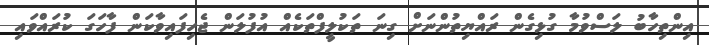
އިންތިހާބު ލަސްވުމާ ގުޅިގެން ރައްޔިތުންނަށް ގިނަ ތަކުލީފްތަކެއް އުފުލަން ޖެހިފައިވާކަން ފާހަގަ ކުރައްވައި